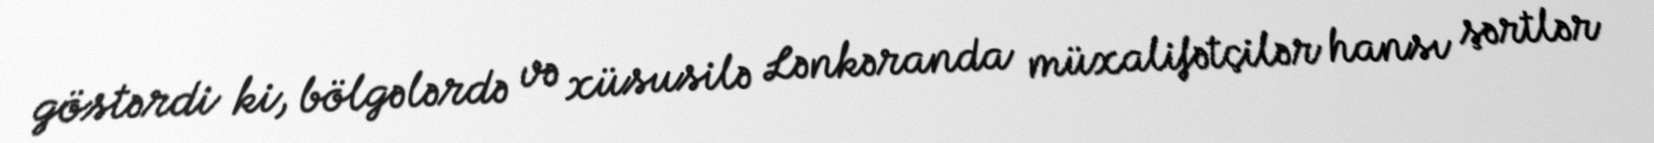
göstərdi ki, bölgələrdə və xüsusilə Lənkəranda müxalifətçilər hansı şərtlər